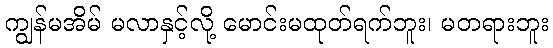
ကျွန်မအိမ် မလာနှင့်လို့ မောင်းမထုတ်ရက်ဘူး၊ မတရားဘူး